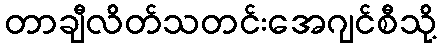
တာချီလိတ်သတင်းအေဂျင်စီသို့